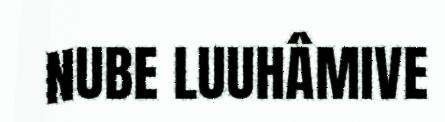
NUBE LUUHÂMIVE